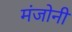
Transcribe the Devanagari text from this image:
मंजोनी